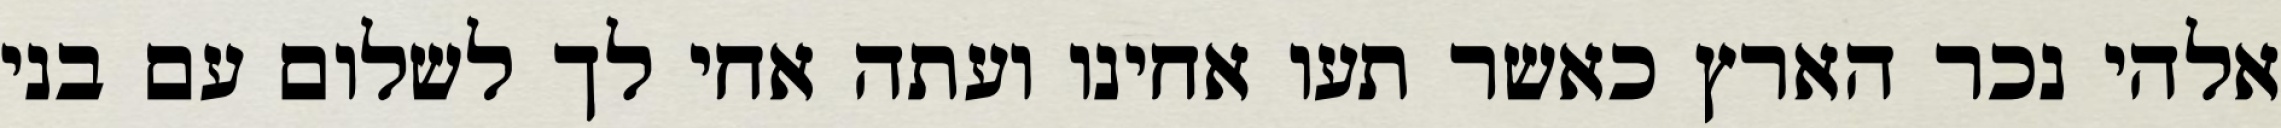
אלהי נכר הארץ כאשר תעו אחינו ועתה אחי לך לשלום עם בני